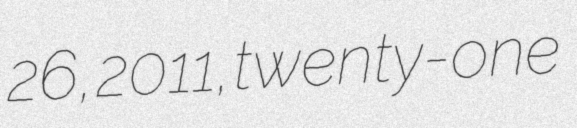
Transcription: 26, 2011, twenty-one